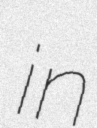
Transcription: in